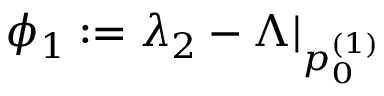
\phi _ { 1 } : = \lambda _ { 2 } - \Lambda \vert _ { p _ { 0 } ^ { ( 1 ) } }